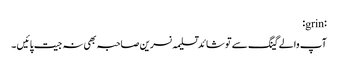
:grin:
آپ والے گینگ سے تو شائد تسلیمہ نسرین صاحبہ بھی نہ جیت پائیں ۔